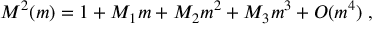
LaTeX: M ^ { 2 } ( m ) = 1 + M _ { 1 } m + M _ { 2 } m ^ { 2 } + M _ { 3 } m ^ { 3 } + O ( m ^ { 4 } ) \; ,